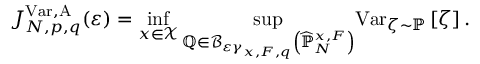
J _ { N , p , q } ^ { \mathrm { V a r } , \mathrm { A } } ( \varepsilon ) = \operatorname* { i n f } _ { x \in \mathcal { X } } { \displaystyle \operatorname* { s u p } _ { \mathbb { Q } \in \mathcal { B } _ { \varepsilon \gamma _ { x , F , q } } \left( \widehat { \mathbb { P } } _ { N } ^ { x , F } \right) } } \mathrm { V a r } _ { \zeta \sim \mathbb { P } } \left[ \zeta \right] .